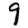
Digit: 9